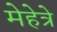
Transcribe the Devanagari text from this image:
मेहेत्रे